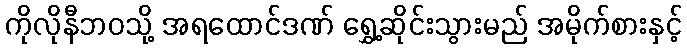
ကိုလိုနီဘဝသို့ အရထောင်ဒဏ် ရွှေ့ဆိုင်းသွားမည် အမိုက်စားနှင့်